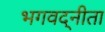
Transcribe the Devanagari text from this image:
भगवद्नीता